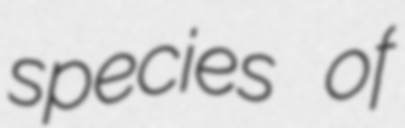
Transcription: species of